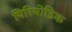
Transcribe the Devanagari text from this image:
पिरियोडिक